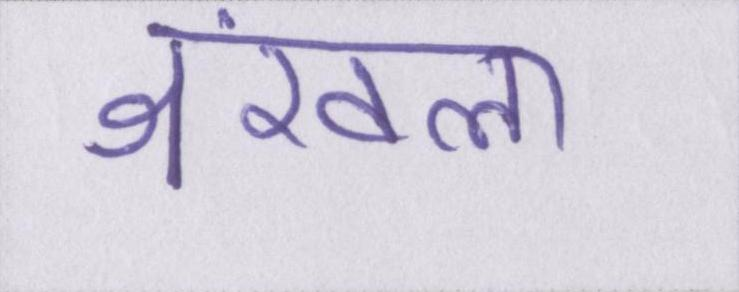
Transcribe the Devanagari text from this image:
श्रंखला